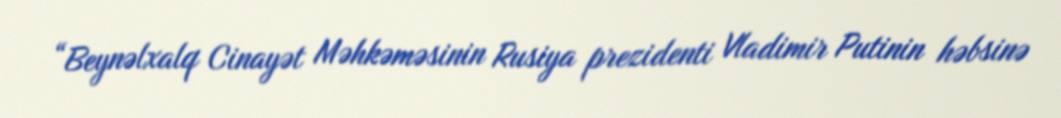
“Beynəlxalq Cinayət Məhkəməsinin Rusiya prezidenti Vladimir Putinin həbsinə